Indian journal of veterinary science and animal husbandry - Volumes 18-21, 1948-1951
Year: 1948
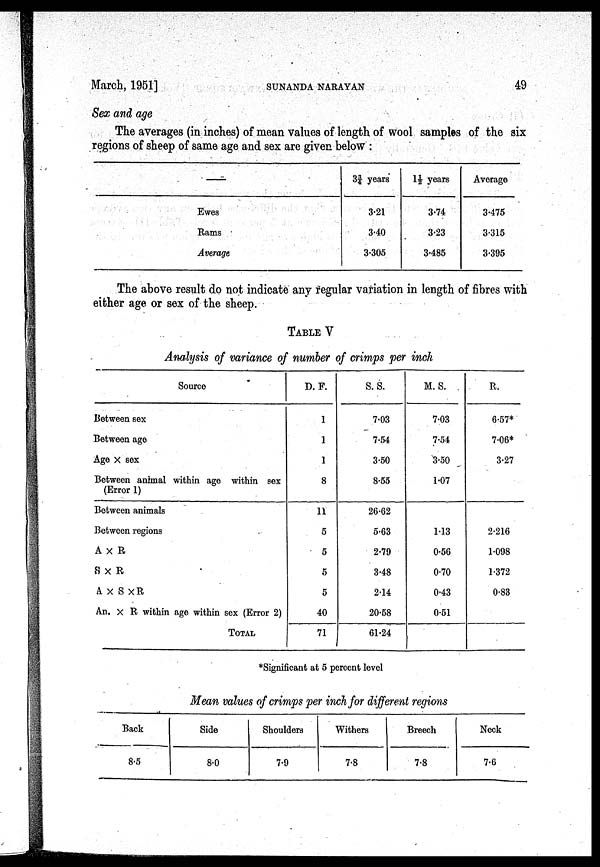
March, 1951]
SUNANDA
NARAYAN
49
Sex and age
The averages (in inches) of mean values of length of wool samples of the six
regions of sheep of same age and sex are given below:
—
Ewes
Rams
Average
3¾ years
3.21
3.40
3.305
1½ years
3.74
3.23
3.485
Average
3.475
3.315
3.395
The above result do not indicate any regular variation in length of fibres with
either age or sex of the sheep.
TABLE V
Analysis of variance of number of crimps per inch
Source
Between sex
Between ago
Age × sex
Between animal within ago within sex
(Error 1)
Between animals
Between regions
A × R
S × R
A × S × R
An. × R within age within sex (Error 2)
TOTAL
D. F.
1
1
1
8
11
5
5
5
5
40
71
S. S.
7.03
7.54
3.50
8.55
26.62
5.63
2.79
3.48
2.14
20.58
61.24
M. S.
7.03
7.54
3.50
1.07
1.13
0.56
0.70
0.43
0.51
R.
6.57*
7.06*
3.27
2.216
1.098
1.372
0.83
*Significant at 5 percent level
Mean values of crimps per inch for different regions
Back
8.5
Side
8.0
Shoulders
7.9
Withers
7.8
Breech
7.8
Neck
7.6